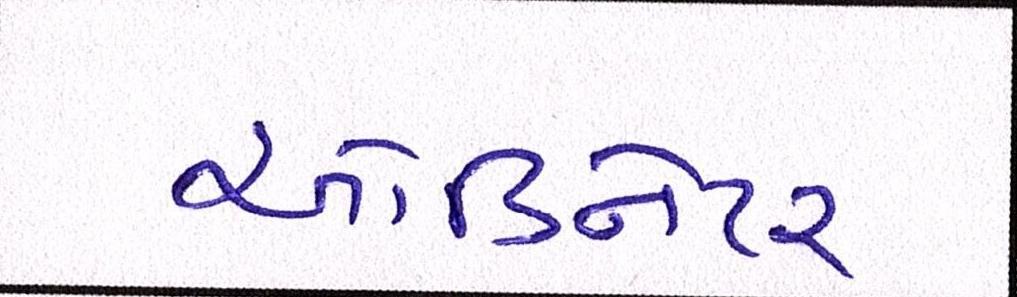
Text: ઓર્ડિનેટર